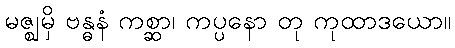
မဇ္ဈမှိ ဗန္ဓနံ ကစ္ဆာ၊ ကပ္ပနော တု ကုထာဒယော။